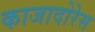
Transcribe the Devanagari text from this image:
काजादोरेस